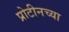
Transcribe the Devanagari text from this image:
प्रोटीनच्या